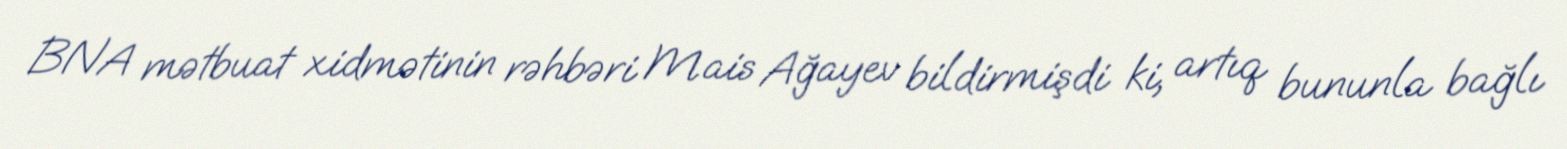
BNA mətbuat xidmətinin rəhbəri Mais Ağayev bildirmişdi ki, artıq bununla bağlı